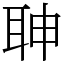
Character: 䎶